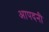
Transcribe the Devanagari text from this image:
आपदनी